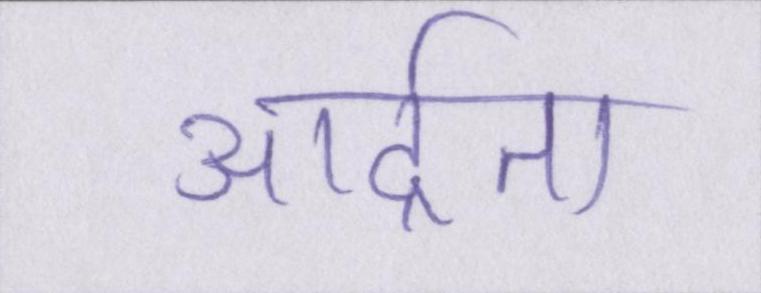
आर्द्रता